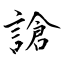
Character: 謒